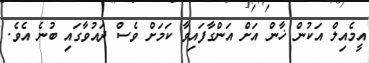
އީމެއިލް އަކުން ޚާން އަށް އަންގާފައިވާ ކަމަށް ވެސް ދައުވާގައި ބުނެ އެވެ.